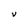
Character: v